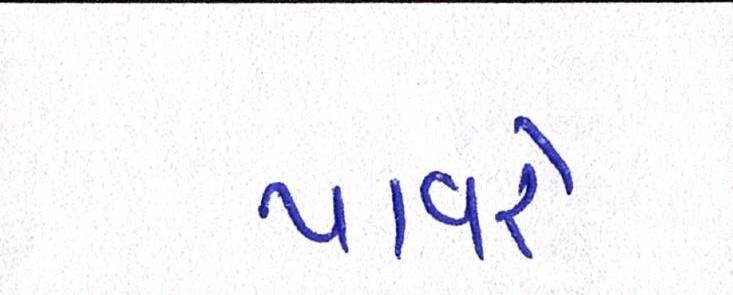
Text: પાવરે